Civil Veterinary Dept. Bombay admin report 1932-41 - 1932-1941
Year: 1932
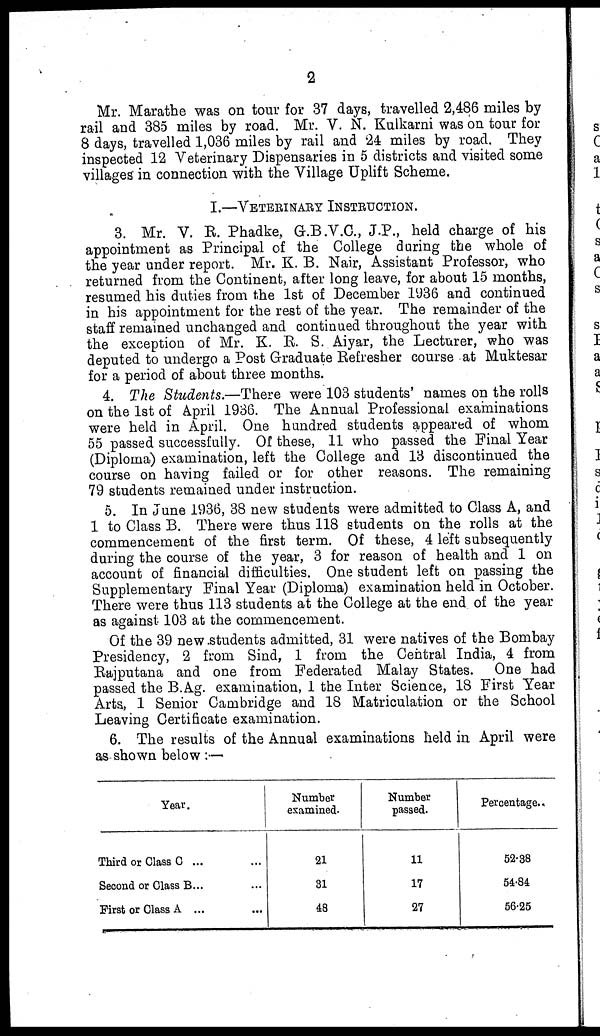
2
Mr. Marathe was on tour for 37 days, travelled 2,486 miles by
rail and 385 miles by road. Mr. V. N. Kulkarni was on tour for
8 days, travelled 1,036 miles by rail and 24 miles by road. They
inspected 12 Veterinary Dispensaries in 5 districts and visited some
villages in connection with the Village Uplift Scheme.
I.––VETERINARY INSTRUCTION.
3. Mr. V. R. Phadke, G.B.V.C., J.P., held charge of his
appointment as Principal of the College during the whole of
the year under report. Mr. K. B. Nair, Assistant Professor, who
returned from the Continent, after long leave, for about 15 months,
resumed his duties from the 1st of December 1936 and continued
in his appointment for the rest of the year. The remainder of the
staff remained unchanged and continued throughout the year with
the exception of Mr. K. B. S. Aiyar, the Lecturer, who was
deputed to undergo a Post Graduate Refresher course at Muktesar
for a period of about three months.
4. The Students.—There were 103 students' names on the rolls
on the 1st of April 1936. The Annual Professional examinations
were held in April. One hundred students appeared of whom
55 passed successfully. Of these, 11 who passed the Final Year
(Diploma) examination, left the College and 13 discontinued the
course on having failed or for other reasons. The remaining
79 students remained under instruction.
5. In June 1936, 38 new students were admitted to Class A, and
1 to Class B. There were thus 118 students on the rolls at the
commencement of the first term. Of these, 4 left subsequently
during the course of the year, 3 for reason of health and 1 on
account of financial difficulties. One student left on passing the
Supplementary Final Year (Diploma) examination held in October.
There were thus 113 students at the College at the end of the year
as against 103 at the commencement.
Of the 39 new students admitted, 31 were natives of the Bombay
Presidency, 2 from Sind, 1 from the Central India, 4 from
Rajputana and one from Federated Malay States. One had
passed the B.Ag. examination, 1 the Inter Science, 18 First Year
Arts, 1 Senior Cambridge and 18 Matriculation or the School
Leaving Certificate examination.
6. The results of the Annual examinations held in April were
as shown below :—
Year.
Third or Class C ... ...
Second or Glass B... ...
First or Glass A ... ...
Number
examined.
21
31
48
Number
passed.
11
17
27
Percentage.
52.38
54.84
56.25